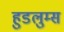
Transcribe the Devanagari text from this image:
हुडलुम्स